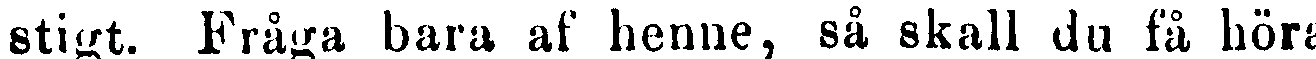
stigt. Fråga bara af henne, så skall du få höra